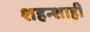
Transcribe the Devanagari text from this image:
शहन्शाही